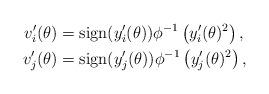
LaTeX: \begin{align*} v_i'(\theta)&=\mbox{sign}(y_i'(\theta))\phi^{-1}\left(y_i'(\theta)^2\right),\\ v_j'(\theta)&=\mbox{sign}(y_j'(\theta))\phi^{-1}\left(y_j'(\theta)^2 \right), \end{align*}